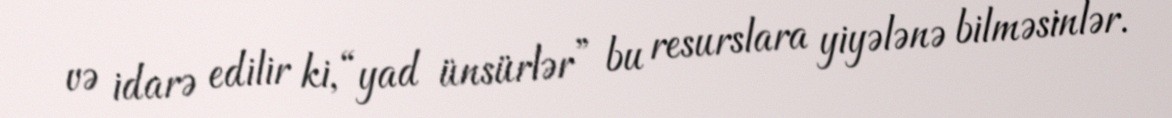
və idarə edilir ki, “yad ünsürlər” bu resurslara yiyələnə bilməsinlər.